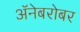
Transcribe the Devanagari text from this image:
अॅनेबरोबर